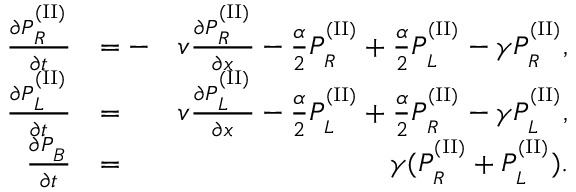
\begin{array} { r l r } { \frac { \partial P _ { _ R } ^ { ^ { ( \mathrm { I I } ) } } } { \partial t } } & { = - } & { v \frac { \partial P _ { _ R } ^ { ^ { ( \mathrm { I I } ) } } } { \partial x } - \frac { \alpha } { 2 } P _ { _ R } ^ { ^ { ( \mathrm { I I } ) } } + \frac { \alpha } { 2 } P _ { _ L } ^ { ^ { ( \mathrm { I I } ) } } - \gamma P _ { _ R } ^ { ^ { ( \mathrm { I I } ) } } , } \\ { \frac { \partial P _ { _ L } ^ { ^ { ( \mathrm { I I } ) } } } { \partial t } } & { = } & { v \frac { \partial P _ { _ L } ^ { ^ { ( \mathrm { I I } ) } } } { \partial x } - \frac { \alpha } { 2 } P _ { _ L } ^ { ^ { ( \mathrm { I I } ) } } + \frac { \alpha } { 2 } P _ { _ R } ^ { ^ { ( \mathrm { I I } ) } } - \gamma P _ { _ L } ^ { ^ { ( \mathrm { I I } ) } } , } \\ { \frac { \partial P _ { _ B } } { \partial t } } & { = } & { \gamma ( P _ { _ R } ^ { ^ { ( \mathrm { I I } ) } } + P _ { _ L } ^ { ^ { ( \mathrm { I I } ) } } ) . } \end{array}